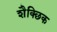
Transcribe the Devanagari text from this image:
शैक्छिक